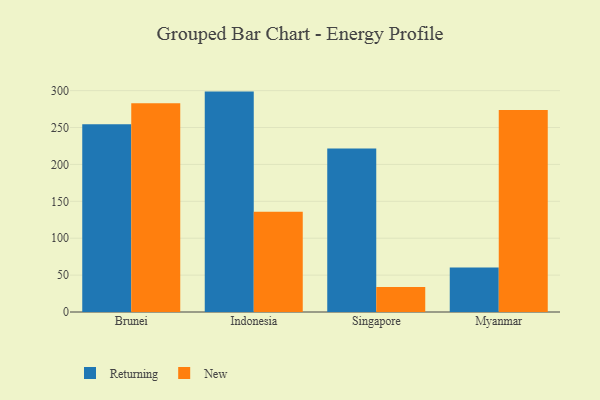
{"axis": {"x": "Country", "y": "Backlog"}, "legend": ["New", "Returning"], "data": [{"x": "Brunei", "y": 254.6, "type": "Returning"}, {"x": "Brunei", "y": 282.8, "type": "New"}, {"x": "Indonesia", "y": 298.7, "type": "Returning"}, {"x": "Indonesia", "y": 136.0, "type": "New"}, {"x": "Singapore", "y": 221.5, "type": "Returning"}, {"x": "Singapore", "y": 34.0, "type": "New"}, {"x": "Myanmar", "y": 60.4, "type": "Returning"}, {"x": "Myanmar", "y": 273.8, "type": "New"}]}